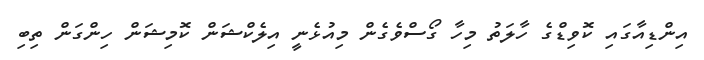
އިންޑިއާގައި ކޮވިޑްގެ ހާލަތު މިހާ ގޯސްވެގެން މިއުޅެނީ އިލެކްޝަން ކޮމިޝަން ހިންގަން ތިބި